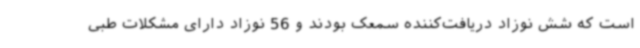
است که شش نوزاد دریافت‌کننده سمعک بودند و 56 نوزاد دارای مشکلات طبی